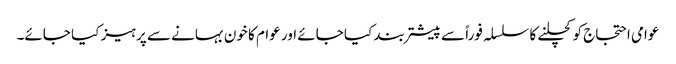
عوامی احتجاج کو کچلنے کا سلسلہ فوراً سے پیشتر بند کیا جائے اور عوام کا خون بہانے سے پرہیز کیا جائے۔